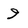
Character: 9